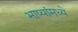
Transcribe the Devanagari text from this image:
भाष्यांमध्ये